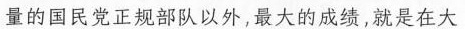
量的国民党正规部队以外，最大的成绩，就是在大